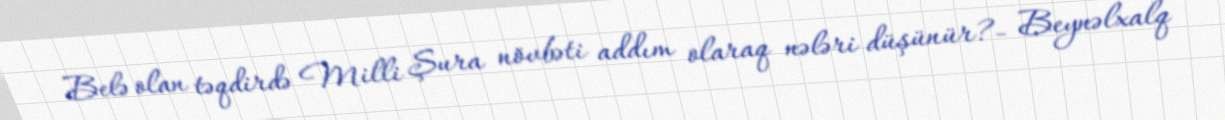
Belə olan təqdirdə Milli Şura növbəti addım olaraq nələri düşünür?- Beynəlxalq